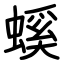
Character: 螇